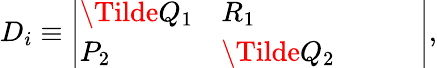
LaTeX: \begin{array}{r}{D_{i}\equiv\left|\begin{array}{lllll}{\Tilde{Q}_{1}}&{R_{1}}&{}&{}&{}\\ {P_{2}}&{\Tilde{Q}_{2}}&{}&{}&{}\end{array}\right|,}\end{array}